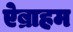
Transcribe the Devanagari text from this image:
ऐब्राहम